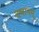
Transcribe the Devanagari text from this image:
दधानम्